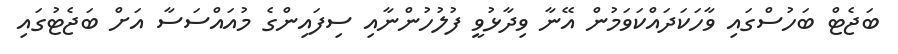
ބަޖެޓް ބަހުސްގައި ވާހަކަދައްކަވަމުން އޭނާ ވިދާޅުވީ ފުލުހުންނާއި ސިފައިންގެ މުއައްސަސާ އަށް ބަޖެޓުގައި